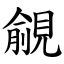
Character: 覦